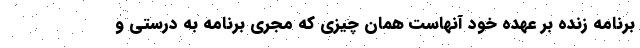
برنامه زنده بر عهده خود آنهاست همان چیزی که مجری برنامه به درستی و